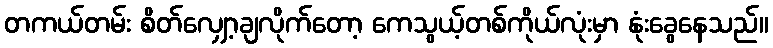
တကယ်တမ်း စိတ်လျှော့ချလိုက်တော့ ကေသွယ့်တစ်ကိုယ်လုံးမှာ နုံးခွေနေသည်။